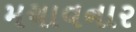
મચાવનાર